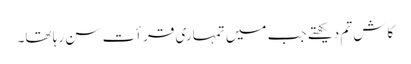
کاش تم دیکھتے جب میں تمہاری قرأت سن رہا تھا۔